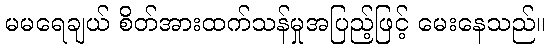
မမရေချယ် စိတ်အားထက်သန်မှုအပြည့်ဖြင့် မေးနေသည်။